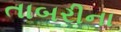
તાબરીના